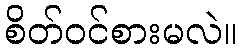
စိတ်ဝင်စားမလဲ။